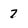
Character: 7